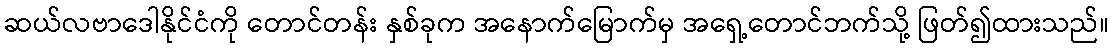
ဆယ်လဗာဒေါနိုင်ငံကို တောင်တန်း နှစ်ခုက အနောက်မြောက်မှ အရှေ့တောင်ဘက်သို့ ဖြတ်၍ထားသည်။